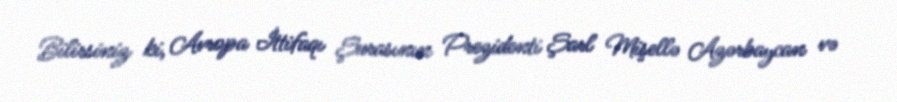
Bilirsiniz ki, Avropa İttifaqı Şurasının Prezidenti Şarl Mişellə Azərbaycan və